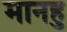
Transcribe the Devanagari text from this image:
मानहु